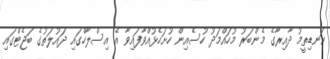
ކަނޑިތީމު ދާއިރާގެ މެންބަރު މުހައްމަދު ހުސެއިން ހުށަހެޅުއްވާފައިވާ އެ އިސްލާހްގައި ދައުލަތުގެ ބަޖެޓްގައި